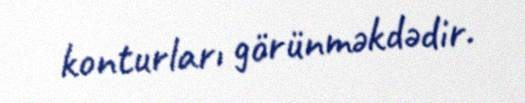
konturları görünməkdədir.